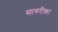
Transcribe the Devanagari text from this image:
सागरीका